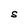
Character: S